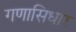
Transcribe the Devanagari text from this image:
गणासिधार